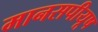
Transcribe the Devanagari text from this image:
मानसपीयूष